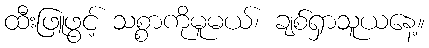
ထီးဖြူဖွင့် သစ္စာကိုမူမယ်၊ ချစ်ရှာသူယနေ့။